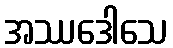
အဿဒေါသေ